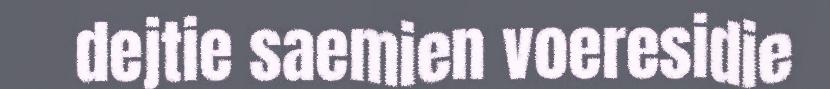
dejtie saemien voeresidie